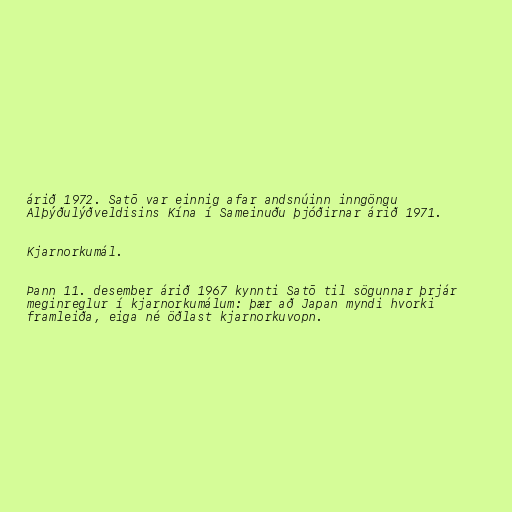
árið 1972. Satō var einnig afar andsnúinn inngöngu
Alþýðulýðveldisins Kína í Sameinuðu þjóðirnar árið 1971.

Kjarnorkumál.

Þann 11. desember árið 1967 kynnti Satō til sögunnar þrjár
meginreglur í kjarnorkumálum: þær að Japan myndi hvorki
framleiða, eiga né öðlast kjarnorkuvopn.